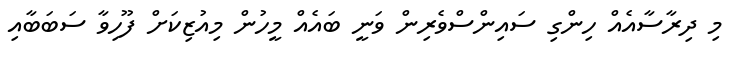
މި ދިރާސާއެއް ހިންގި ސައިންސްވެރިން ވަނީ ބައެއް މީހުން މިއުޒިކަށް ފޫހިވާ ސަބަބާއި